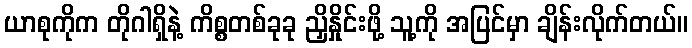
ယာစုကိုက တိုဂါရှိနဲ့ ကိစ္စတစ်ခုခု ညှိနှိုင်းဖို့ သူ့ကို အပြင်မှာ ချိန်းလိုက်တယ်။